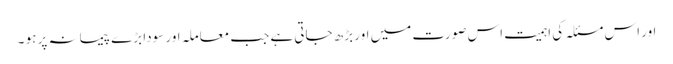
اور اس مسئلہ کی اہمیت اس صورت میں اور بڑھ جاتی ہے جب معاملہ اور سودا بڑے پیمانہ پر ہو ۔